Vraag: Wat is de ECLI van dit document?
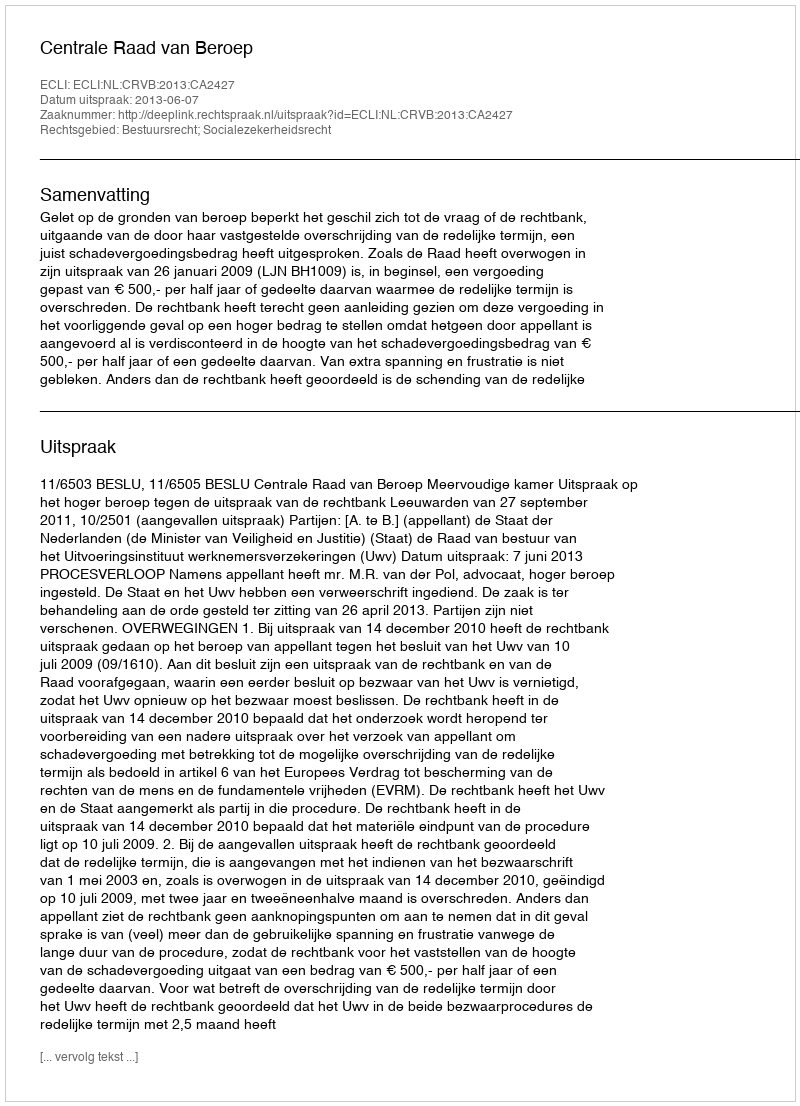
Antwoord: ECLI:NL:CRVB:2013:CA2427